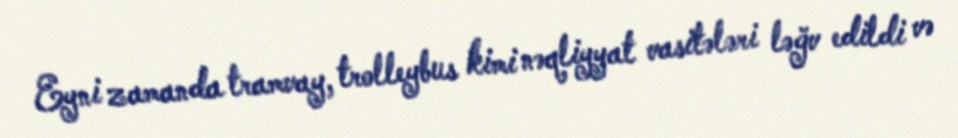
Eyni zamanda tramvay, trolleybus kimi nəqliyyat vasitələri ləğv edildi və